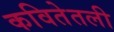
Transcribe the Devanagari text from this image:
कवितेतली